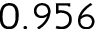
0 . 9 5 6